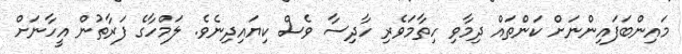
މައިންބަފައިންނަށް ކަންތައް ދިމާވި ހިތާމަވެރި ހާދިސާ ވެސް ކިޔައިދިނެވެ. ލަމްހާގެ ފަރާތުން އީހާނަށް